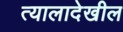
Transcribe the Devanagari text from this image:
त्यालादेखील